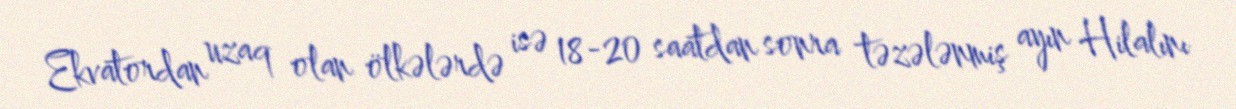
Ekvatordan uzaq olan ölkələrdə isə 18-20 saatdan sonra təzələnmiş ayın Hilalını